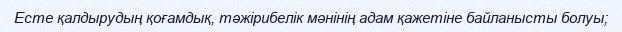
Есте қалдырудың қоғамдық, тәжірибелік мәнінің адам қажетіне байланысты болуы;